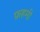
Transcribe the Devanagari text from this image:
फ़हमी